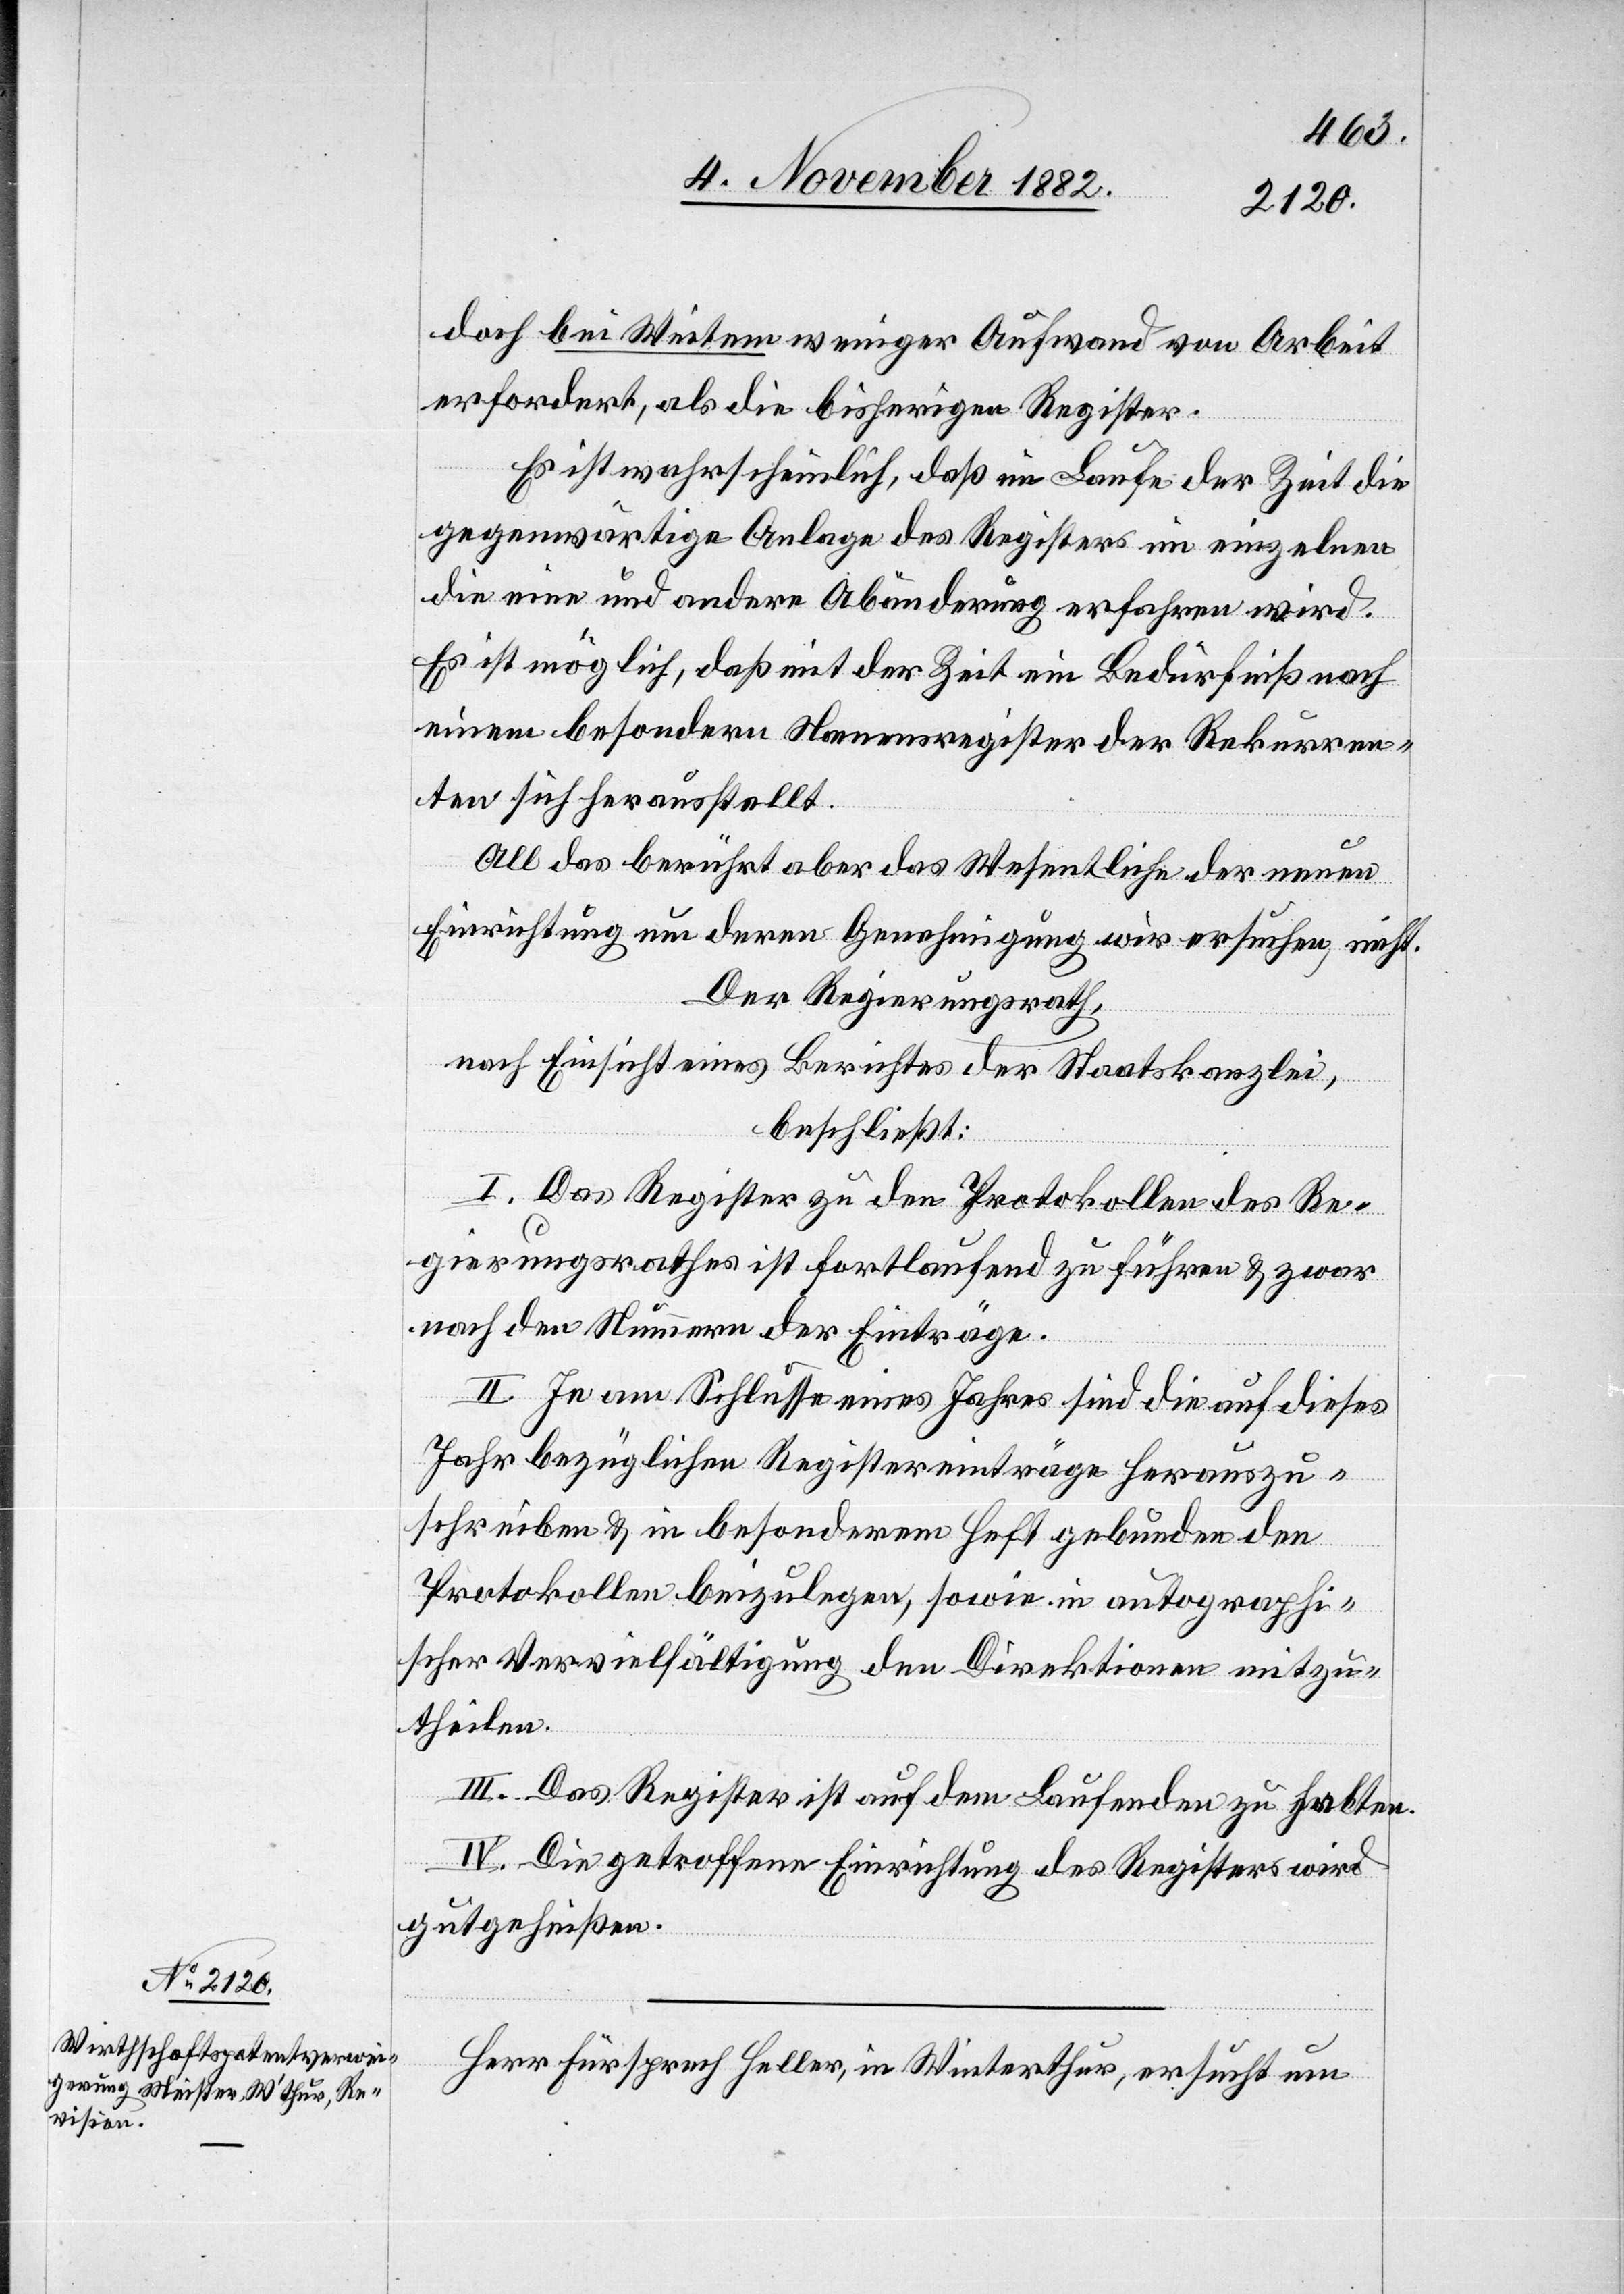
doch bei Weitem weniger Aufwand von Arbeit
erfordert, als die bisherigen Register.
Es ist wahrscheinlich, daß im Laufe der Zeit die
gegenwärtige Anlage des Registers in einzelnen
die eine und andere Abänderung erfahren wird.
Es ist möglich, daß mit der Zeit ein Bedürfniß nach
einem besondern Namensregister der Rekurren¬
ten sich herausstellt.
All das berührt aber das Wesentliche der neuen
Einrichtung um deren Genehmigung wir ersuchen, nicht.
Der Regierungsrath,
nach Einsicht eines Berichtes der Staatskanzlei,
beschließt:
I. Das Register zu den Protokollen des Re¬
gierungsrathes ist fortlaufend zu führen & zwar
nach den Nummern der Einträge.
II. Je am Schlusse eines Jahres sind die auf dieses
Jahr bezüglichen Registereinträge herauszu¬
schreiben & in besonderem Heft gebunden den
Protokollen beizulegen, sowie in autographi¬
scher Vervielfältigung den Direktionen mitzu¬
theilen.
III. Das Register ist auf dem Laufenden zu halten.
IV. Die getroffene Einrichtung des Registers wird
gutgeheißen.
Herr Fürsprech Heller, in Winterthur, ersucht um